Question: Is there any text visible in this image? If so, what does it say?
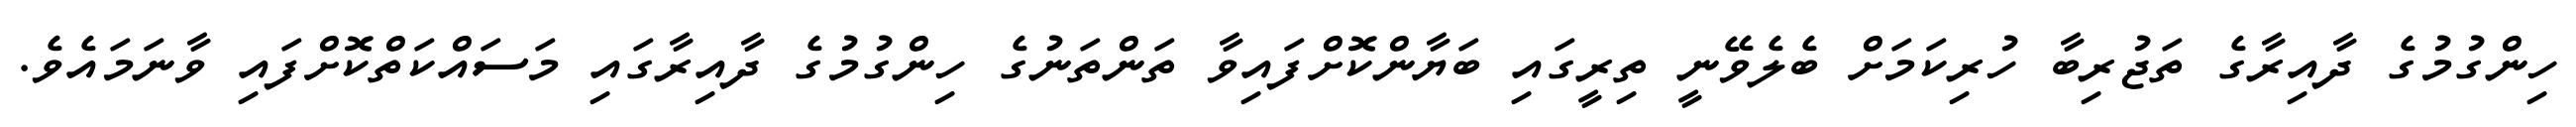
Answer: ހިންގުމުގެ ދާއިރާގެ ތަޖުރިބާ ހުރިކަމަށް ބެލެވޭނީ ތިރީގައި ބަޔާންކޮށްފައިވާ ތަންތަނުގެ ހިންގުމުގެ ދާއިރާގައި މަސައްކަތްކޮށްފައި ވާނަމައެވެ.